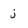
Character: j